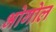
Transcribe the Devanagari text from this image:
भोगोल